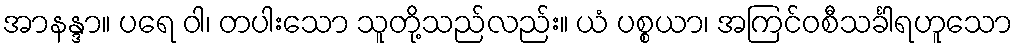
အာနန္ဒာ။ ပရေ ဝါ၊ တပါးသော သူတို့သည်လည်း။ ယံ ပစ္စယာ၊ အကြင်ဝစီသင်္ခါရဟူသော